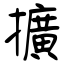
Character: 擴